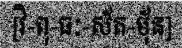
[វិ-ពុ-ធៈ-ស័ត-ម៉័ន]